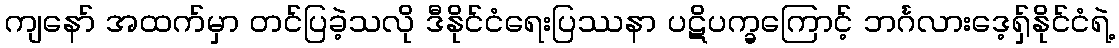
ကျနော် အထက်မှာ တင်ပြခဲ့သလို ဒီနိုင်ငံရေးပြဿနာ ပဋိပက္ခကြောင့် ဘင်္ဂလားဒေ့ရှ်နိုင်ငံရဲ့